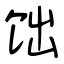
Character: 饳